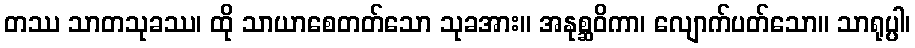
တဿ သာတသုခဿ၊ ထို သာယာစေတတ်သော သုခအား။ အနုစ္ဆဝိကာ၊ လျောက်ပတ်သော။ သာရုပ္ပါ၊